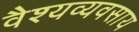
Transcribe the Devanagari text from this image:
वैश्यव्यवसाय